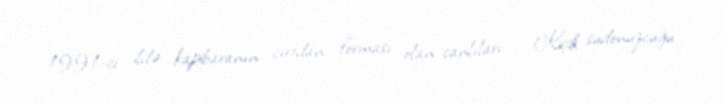
1991-ci ildə kapibaranın cırtdan forması olan canlıları — Kiçik sudonuzcuğu